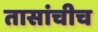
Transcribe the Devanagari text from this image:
तासांचीच